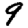
Digit: 9